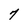
Character: 7